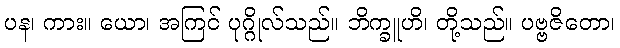
ပန၊ ကား။ ယော၊ အကြင် ပုဂ္ဂိုလ်သည်။ ဘိက္ခူဟိ၊ တို့သည်။ ပဗ္ဗဇိတော၊